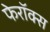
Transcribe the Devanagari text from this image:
फेरॉक्स